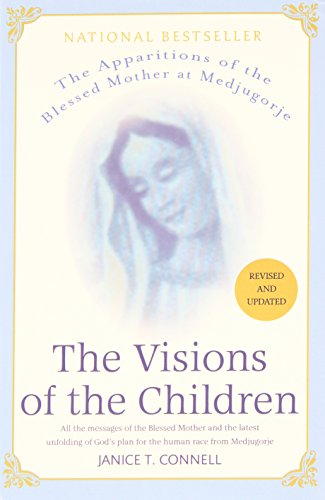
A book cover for The Visions of the Children: The Apparitions of the Blessed Mother at Medjugorje: All the Messages of the Blessed Mother and the Latest Unfolding of God's Plan for the Human Race from Medjugorge; Janice T. Connell; Christian Books & Bibles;